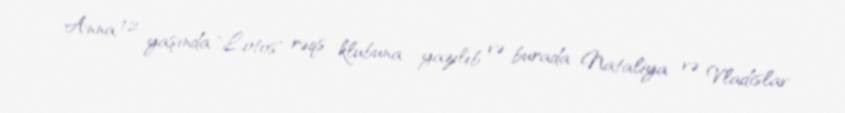
Anna 12 yaşında "Lotos" rəqs klubuna yazılıb və burada Nataliya və Vladislav